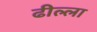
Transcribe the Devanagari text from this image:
ढील्ला